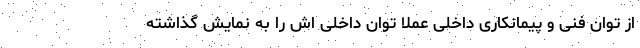
از توان فنی و پیمانکاری داخلی عملا توان داخلی اش را به نمایش گذاشته